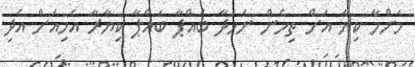
މަންމާ ކިޔާ އަށް ތިހެން ނަހަދާ ބައްޕާ ބައްޕާ ކިޔާރާ އެހިއަށް އެދި